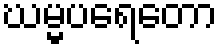
ဃမ္မပရေတော